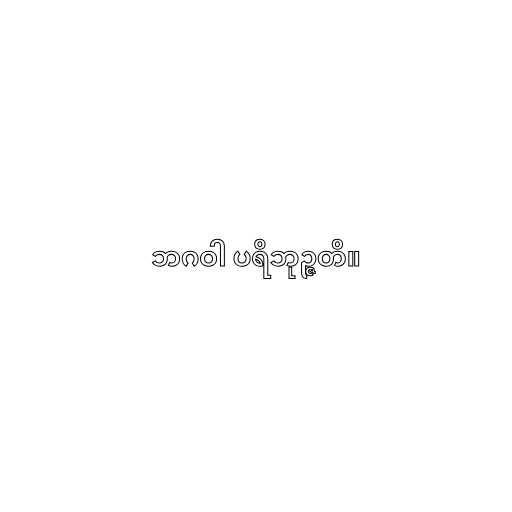
ဘဂဝါ ပရိဘုဉ္ဇတိ။